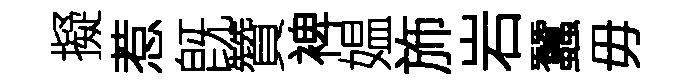
擬惹旣贊裨媪斾岩蠶毋